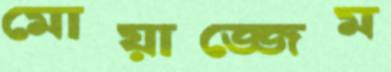
মোয়াজ্জেম